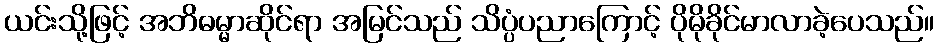
ယင်းသို့ဖြင့် အဘိဓမ္မာဆိုင်ရာ အမြင်သည် သိပ္ပံပညာကြောင့် ပိုမိုခိုင်မာလာခဲ့ပေသည်။